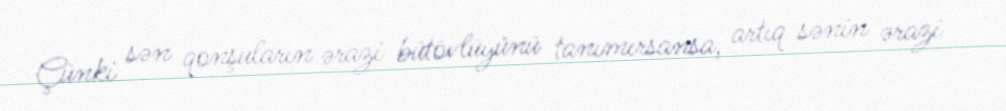
Çünki sən qonşuların ərazi bütövlüyünü tanımırsansa, artıq sənin ərazi